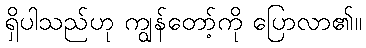
ရှိပါသည်ဟု ကျွန်တော့်ကို ပြောလာ၏။